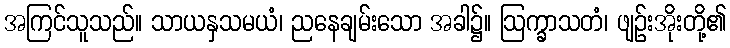
အကြင်သူသည်။ သာယနှသမယံ၊ ညနေချမ်းသော အခါ၌။ ဩက္ခာသတံ၊ ဖျဉ်းအိုးတို့၏